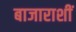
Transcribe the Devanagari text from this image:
बाजाराशीं